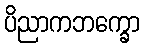
ပိညာကဘက္ခော